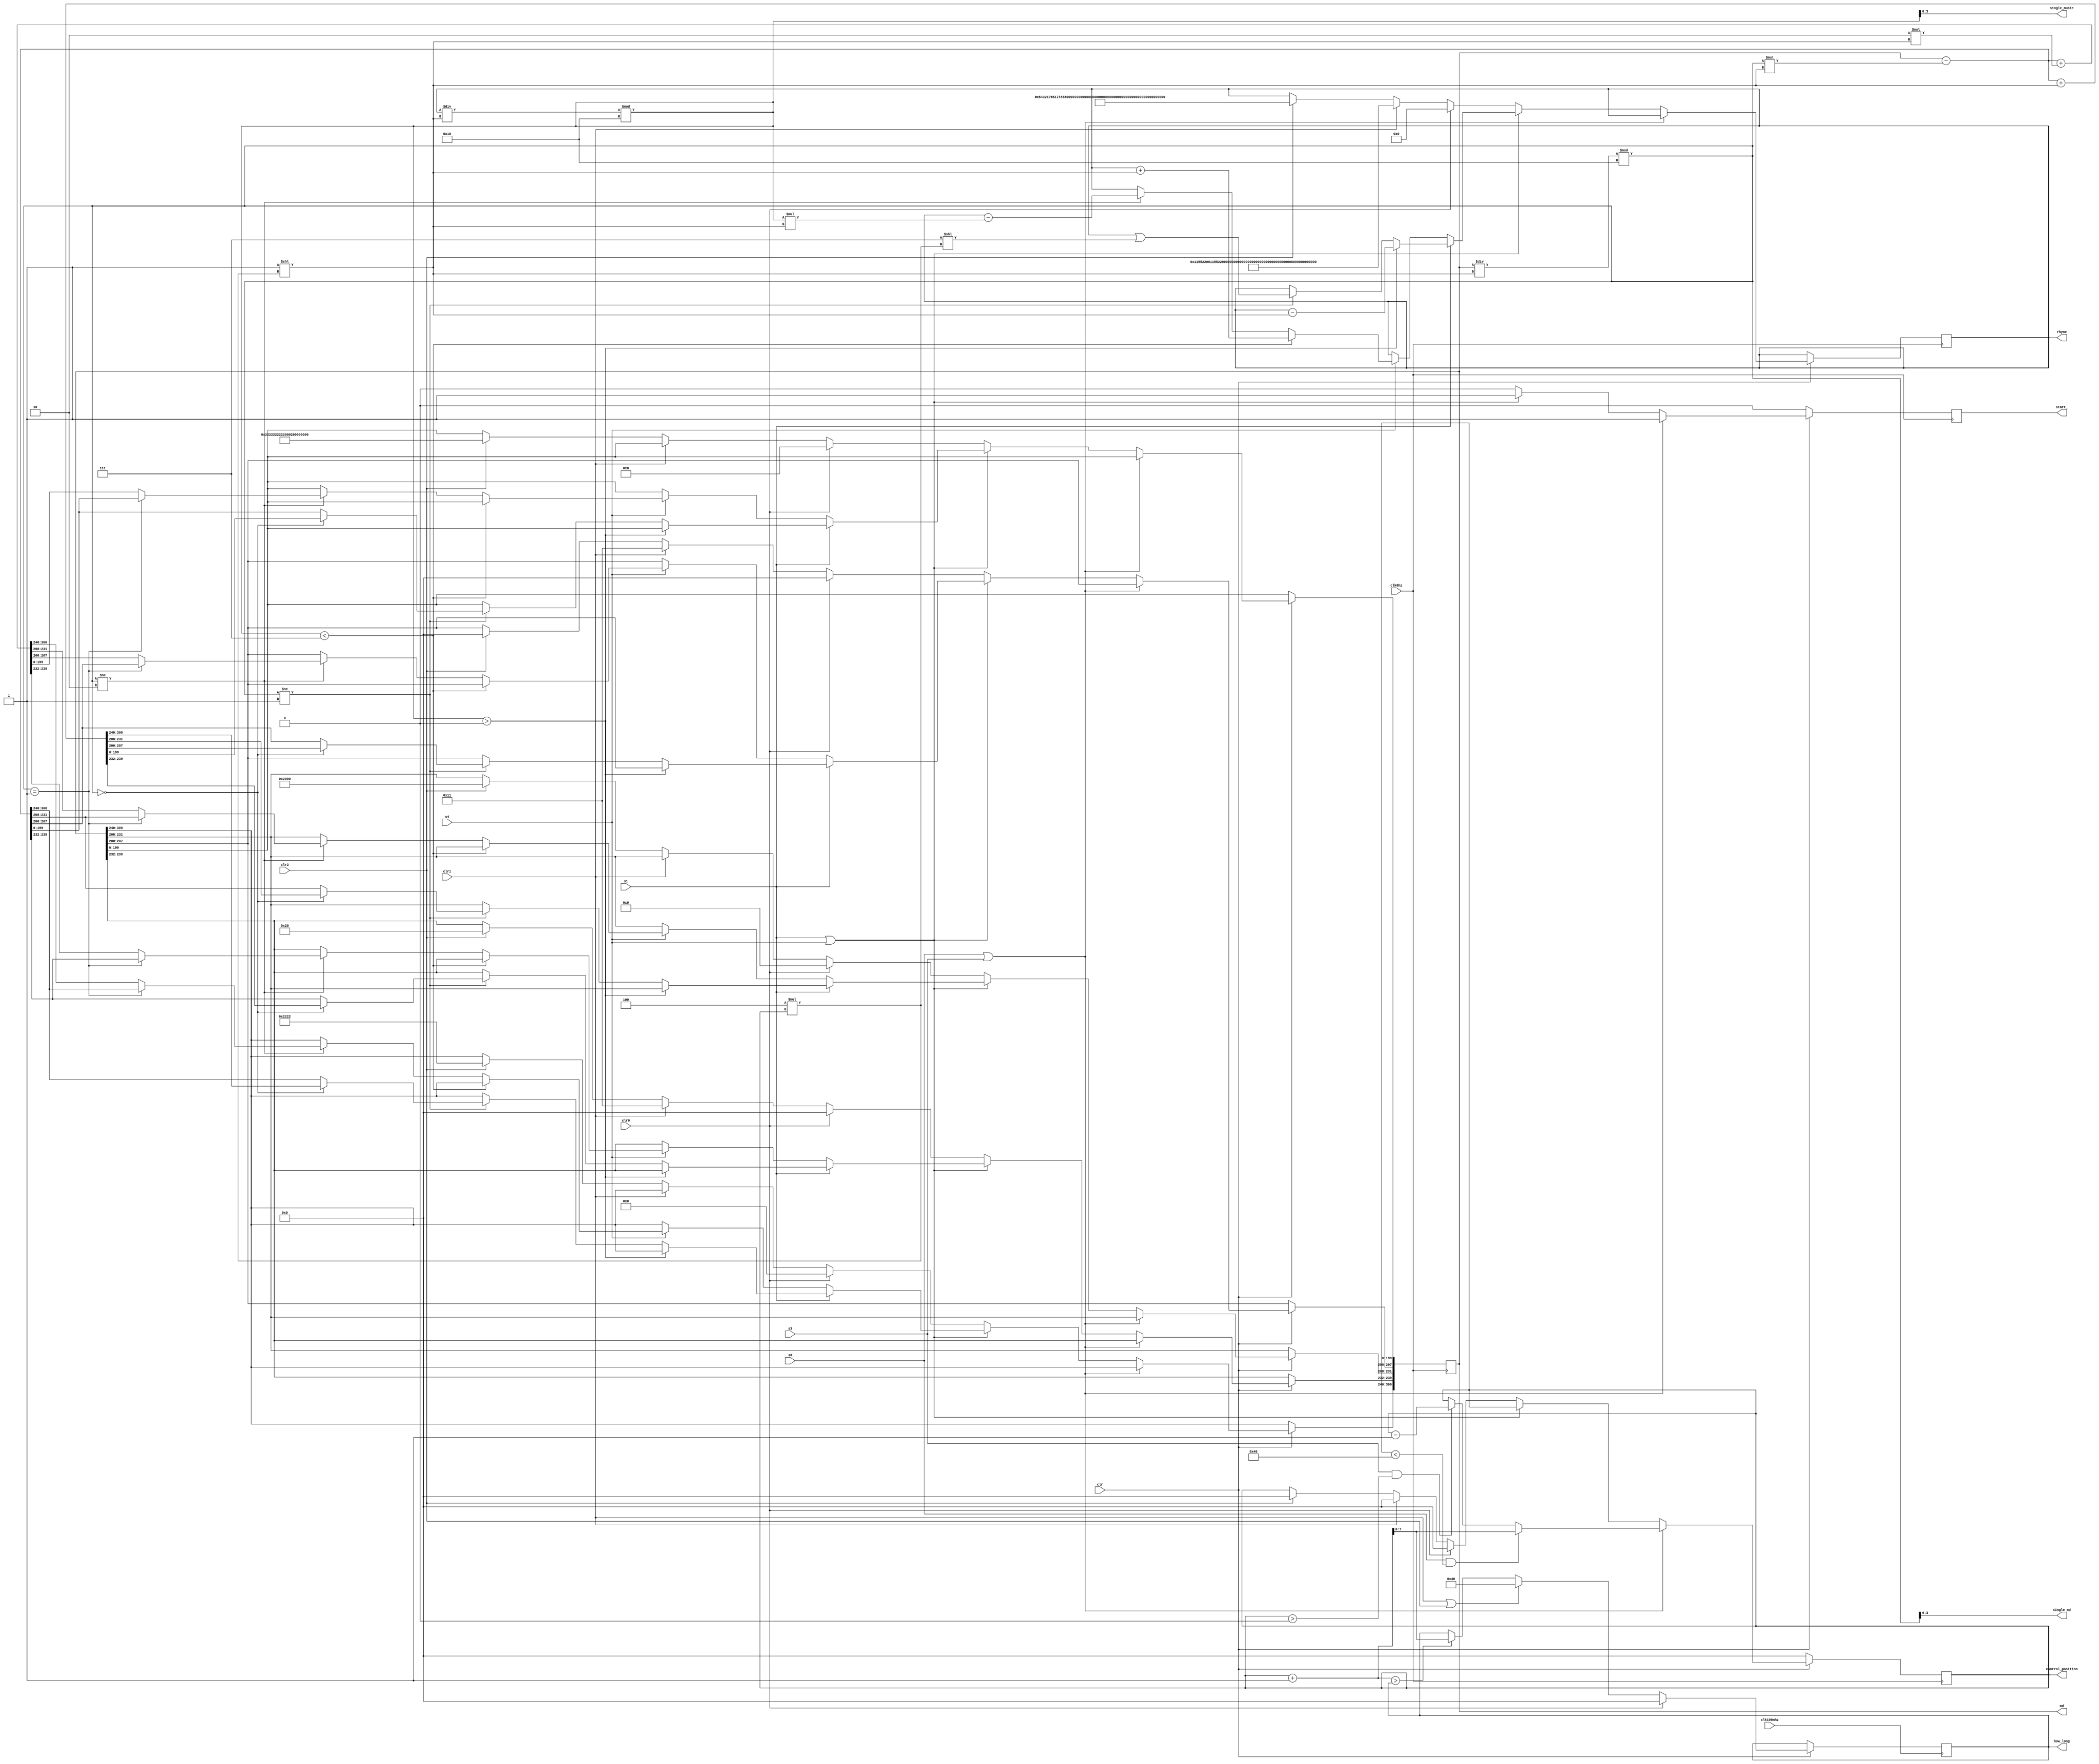
module control(
    input clk6hz,clk100mhz,
    input clr,clr0,clr1,clr2,
    input s0,s1,s3,s4,
    output reg start_,
    output [7:0]control_position,
    output [300:0] rhyme,md,
    output [3:0]single_music,
    output reg [3:0]single_md,
    output reg [7:0] how_long
    );
    parameter canon = 301'h5432_1765_1766_5644_6543_3212_2344_5644_5435_4565_4333_2133_4321_7655_4355_4355;
    parameter tiger = 301'h0011_5522_0011_5522_1133_4565_1133_4565_0055_4433_0055_4433_1133_2211_1133_2211;
    parameter canon_md = {48'h2222_2000_2000,112'h0,96'h0022_2222_2222_0002_2222_2222};
    reg [300:0]last_rhyme,last_md=0;
    reg [7:0]control_i;
    reg [3:0]music;
    assign control_position = control_i;
    assign rhyme = last_rhyme;
    assign single_music = music;
    assign md = last_md;
    
    always @(last_md,control_i)
         single_md <= last_md/(1 << (4*control_i) )%(16);
    always @(last_rhyme,control_i)
        music <= last_rhyme/(1 << (4*control_i) )%(16);
    always @(posedge clk6hz) begin
        if(!clr) begin 
            control_i <= 0;
            start_ <= 0;
            //last_md <= 0;
        end
        else if(s0||s3) begin
            start_ <= 1;
            if(s0 && control_i < 70) 
                control_i <= control_i + 1;
            else if(s3 && control_i > 0)
                control_i <= control_i - 1;
            else control_i <= control_i;
        end
        else if(s1||s4) begin
            start_ <= 1;
            if(s1)begin
                if(last_rhyme/(1 << (4*control_i) )%(16) > 0) 
                    last_rhyme <= last_rhyme - (1<<( 4*(control_i) ));
                else if(last_md/(1 << (4*control_i) )%(16)!=1) begin
                    last_rhyme <= last_rhyme|(7<<(4*control_i));
                    if(last_md/(1 << (4*control_i) )%(16) == 0)
                        last_md <= last_md - last_md/(1 << (4*control_i) )%(16)*(1<<(4*control_i)) + (1<<(4*control_i));
                    else last_md <= last_md - last_md/(1 << (4*control_i) )%(16)*(1<<(4*control_i));
                end
                   
            end
            else if(s4) begin
                if(last_rhyme/(1 << (4*control_i) )%(16) < 7) 
                    last_rhyme <= last_rhyme + (1<<( 4*(control_i) ));
                else if(last_md/(1 << (4*control_i) )%(16)!=2) begin
                    last_rhyme <= last_rhyme - last_rhyme/(1 << (4*control_i) )%(16) * (1<<( 4*(control_i) ));
                    if(last_md/(1 << (4*control_i) )%(16) == 1) begin
                        last_md <= last_md - last_md/(1 << (4*control_i) )%(16)*(1<<(4*control_i));
                    end
                    else last_md <= last_md - last_md/(1 << (4*control_i) )%(16)*(1<<(4*control_i)) + 2*(1<<(4*control_i));
                end
            end
            else begin
                last_rhyme <= last_rhyme;
                last_md <= last_md;
            end
        end
        else if(clr0) begin
            start_ <= 0;
            last_rhyme <= 0;
            control_i <= 0;
            last_md <= 0;
        end
        else if(clr1) begin
            start_ <= 0;
            control_i <= 0;
            last_rhyme <= tiger;
            //last_md <= {64'h0000_1100_0000_1100,237'h0};
            last_md[207:200]<=8'h11;
            last_md[239:232]<=8'h11;
            //last_md <= 0;
        end
        else if(clr2) begin
            start_ <= 0;
            control_i <= 0;
            last_rhyme <= canon;
            last_md <= canon_md;
        end
        else start_ <= 0;
    end
    
    always @(posedge clk100mhz) begin
        if(!clr) ;
        else if(clr0) 
            how_long <= 0;
        else if(clr1||clr2) 
            how_long <=64;
        else if(control_i+1>how_long) 
            how_long <= control_i + 1;
        
    end
endmodule